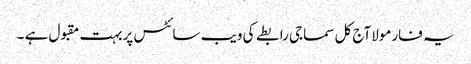
یہ فارمولاآج کل سماجی رابطے کی ویب سائٹس پربہت مقبول ہے ۔